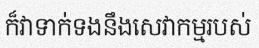
ក៏វាទាក់ទងនឹងសេវាកម្មរបស់